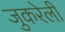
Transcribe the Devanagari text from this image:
जुकरेली